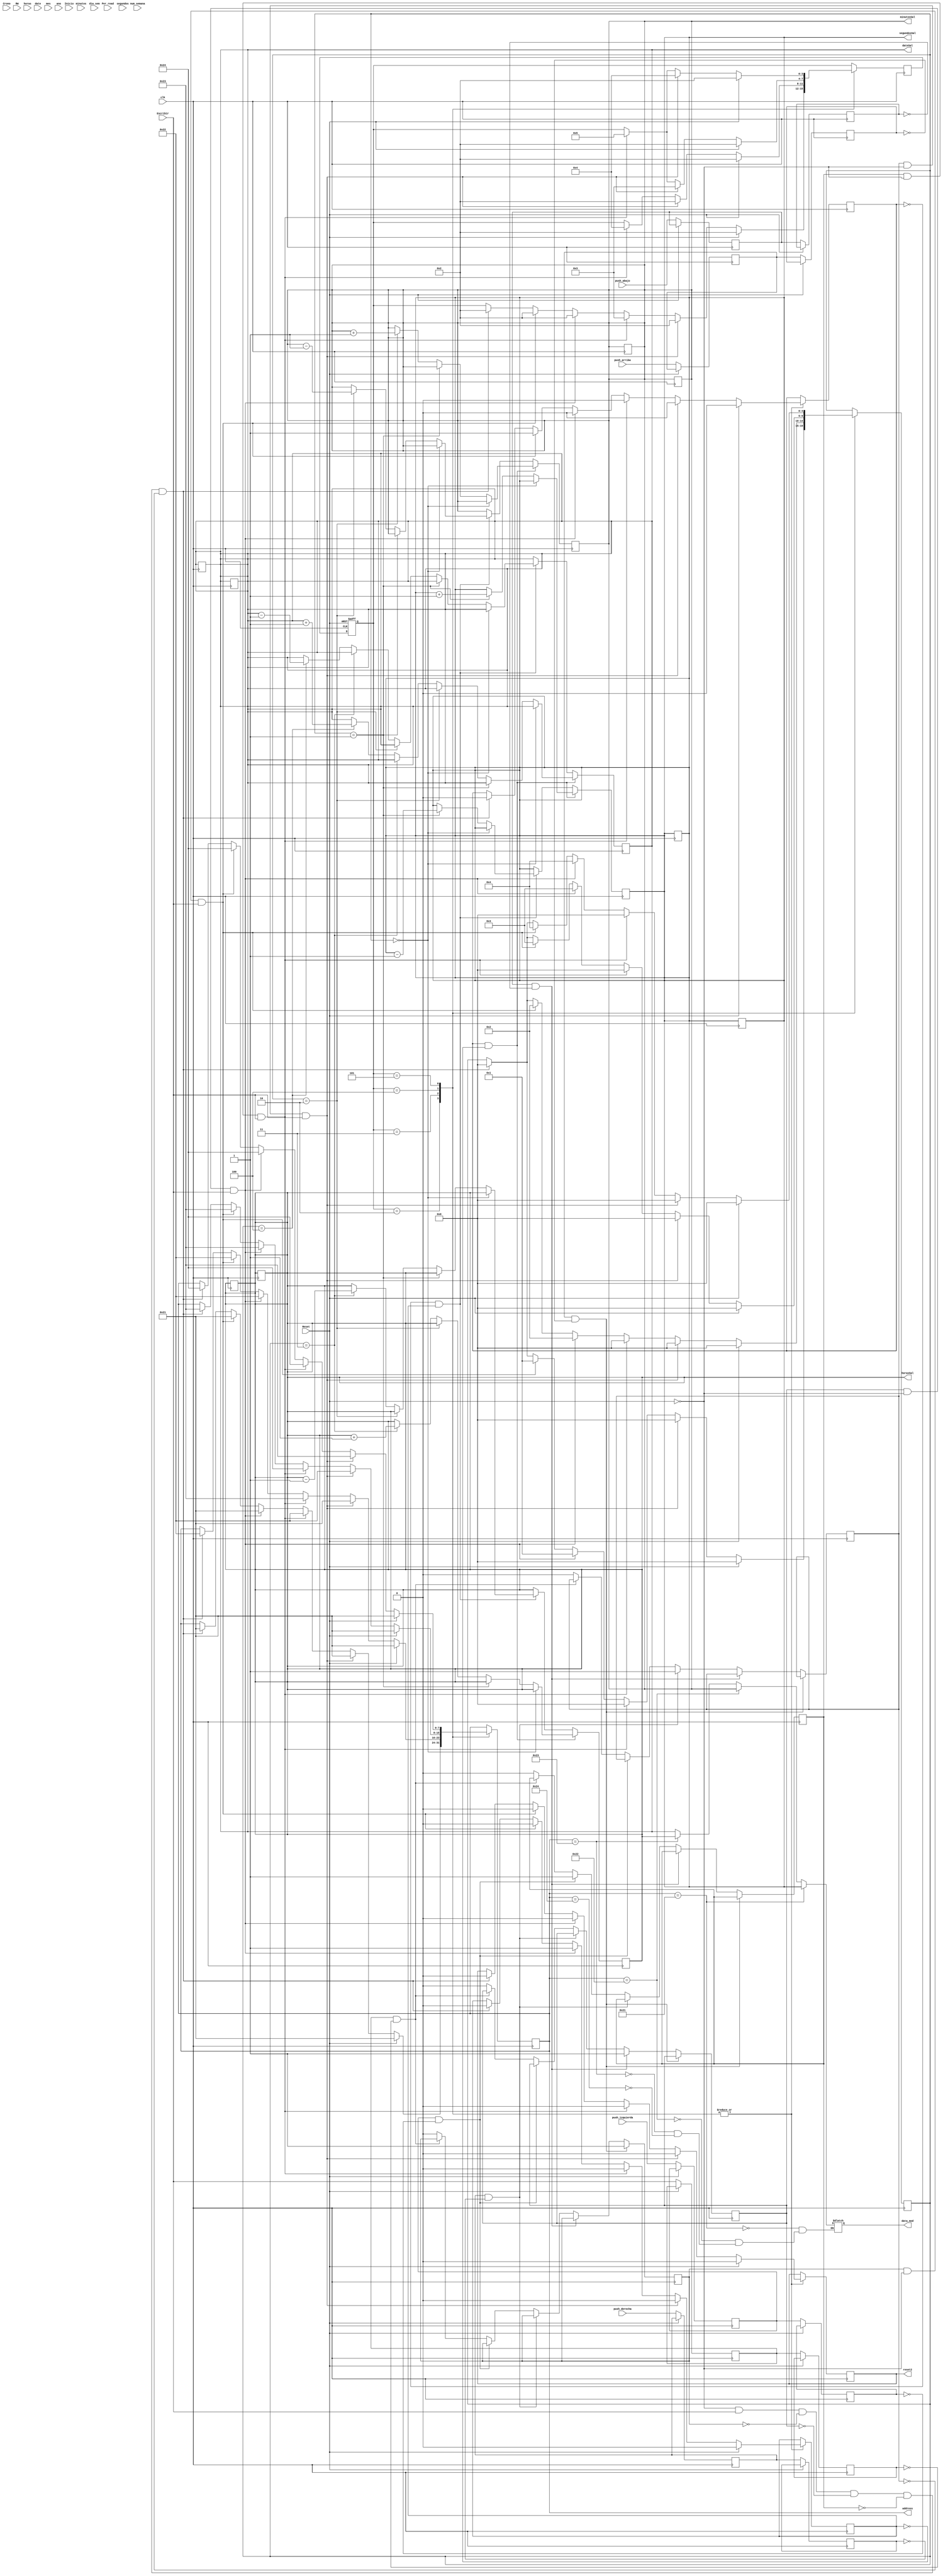
`timescale 1ns / 1ps
module MaquinaEscritura(
    input wire Inicio,Reset,Crono,Escribir,
    input wire clk,Per_read,
    input wire RW,
    input wire push_arriba,push_abajo,push_izquierda,push_derecha,
    input wire [7:0]segundos,minutos,horas,date,num_semana,mes,ano,dia_sem,
    output reg [7:0] address,
    output reg reset2,
    output reg [7:0] minutosSal, segundosSal,horasSal,dateSal,
    output reg [7:0]data_mod
    );
reg [32:0]contador=0;
reg[3:0]c_dir=0;
localparam [3:0] s0 = 4'h1, 
                 s1 = 4'h2, //segundos
                 s2 = 4'h3, //minutos
                 s3 = 4'h4, //horas
                 s4 = 4'h5, //date
                 s5 = 4'h6, //mes
                 s6 = 4'h7, //ao
                 s7 = 4'h8, //da de semana
                 s8 = 4'h9, //#de semana
                 sY = 4'h1; //estado 12/24hrs

reg [3:0] s_next=s1;reg [3:0] s_actual;
reg push_ar, push_ab, push_i, push_d; //salida del detector de flancos
reg push_ar1, push_ab1, push_i1, push_d1; //salida del detector de flancos
reg ar,ab,iz,de;//Pulsos
reg escribir3;reg escribir4; reg es;

always @ (posedge clk) begin
if (!Reset) begin
push_ar<=push_arriba;
push_ar1<=push_ar;

escribir3<=Escribir;
escribir4<=escribir3;

push_ab<=push_abajo;
push_ab1<=push_ab;

push_d<=push_derecha;
push_d1<=push_d;

push_i<=push_izquierda;
push_i1<=push_i;
end

if (push_ar && !push_ar1) begin
ar<=1;end

else if (push_ab && !push_ab1) begin
ab<=1;end

else if (push_d && !push_d1) begin
de<=1;end

else if (push_i && !push_i1) begin
iz<=1;end

else if(escribir3 && !escribir4)begin
es<=1;end

else begin
es<=0;
ar<=0;
ab<=0;
iz<=0;
de<=0;
end
end


always @(posedge clk,posedge Reset)begin//Logica de Reset y estado siguiente
    if(Reset)begin
        s_actual <=s0;
    end
    else
        s_actual <=s_next;
end


reg suma;reg resta;reg[4:0] registro; 

reg [7:0]segundosReg;reg [7:0]minutosReg;reg[7:0]horasReg;reg [7:0]dateReg;
reg[7:0]minutosReg1,segundosReg1,horasReg1,dateReg1;




always@(posedge clk)
   begin
   if(RW)begin
   minutosReg1<=minutos;
   segundosReg1<=segundos;
   horasReg1<=horas;
   dateReg1<=date;
   end
   minutosReg1<=minutosReg1;
   horasReg1<=horasReg1;
   segundosReg1<=segundosReg1;
   dateReg1<=dateReg1;
   end



always @(posedge clk) begin
//sumador
if(suma && !resta) begin
if(registro==0)begin
   segundosReg1<=segundosReg1;
   minutosReg1<=minutosReg1;
   horasReg1<=horasReg1;
   dateReg1<=dateReg1;
end
else if (registro==5'd1)begin
segundosReg1<=segundosReg1 + 1;
end

else if (registro==5'd2)begin
minutosReg1<=minutosReg1 + 1;
end

 else if(registro==5'd3)begin
horasReg1<=horasReg1+1;
end

 else if(registro==5'd4)begin
 dateReg1<=dateReg1+1;
 end
 
else begin
minutosReg1<=minutosReg1;
segundosReg1<=segundosReg1;
horasReg1<=horasReg1;
dateReg1<=dateReg1;
end
end

//Restador
else if(!suma && resta) begin
if(registro==5'd0)begin
    segundosReg1<=segundosReg1;
    minutosReg1<=minutosReg1;
    horasReg1<=horasReg1;
    dateReg1<=dateReg1;
end
else if (registro==5'd1)begin
segundosReg1<=segundosReg1 - 8'd1;
end

 else if (registro==5'd2)begin
minutosReg1<=minutosReg1 - 8'd1;
end

 else if(registro==5'd3)begin
horasReg1<=horasReg1-8'd1;
end

else if(registro ==5'h4)begin
dateReg1<=dateReg1-8'd1;
end

else begin
minutosReg1<=minutosReg1;
segundosReg1<=segundosReg1;
horasReg1<=horasReg1;
dateReg1<=dateReg1;
end

end

else begin
minutosReg1<=minutosReg1;
segundosReg1<=segundosReg1;
horasReg1<=horasReg1;
dateReg1<=dateReg1;
end
end

// fin de sumador y restador
//CONTADOR PARA DURACIN DE ESTADO DE INICIALIZACIN
reg [11:0] contador2=0;
reg activa=0;
always @(posedge clk)
begin
if(!Inicio && !Reset)
begin
    contador2<=contador2 +1'b1;
    activa<=0;
end
if(contador2==12'h04a)
begin
    activa<=1;
end
end


//Maquina programar hora
always @ (posedge clk)  begin
s_next=s_actual; //siguiente estado default el actual
minutosReg1<=minutosReg1;
segundosReg1<=segundosReg1;
horasReg1<=horasReg1;
dateReg1<=dateReg1;
case (s_actual)
    s1: begin //segundos
        if(!Reset && Escribir && !ar && !ab && !iz && !de)begin
            reset2<=1'b0;
            registro<=5'd0;
            address<=8'h21;
            suma<=0;
            resta<=0;
            s_next<=s1;
            end
        if((ar) && !Reset && Escribir)begin
            reset2<=1'b0;
            registro<=5'd1;
            address<=8'h21;
            suma<=1;
            resta<=0;
             //segundosReg<=segundosReg + 8'd1;
             s_next<=s1;
             end
         if((ab) && !Reset && Escribir)begin
            reset2<=1'b0;
             registro<=5'd1;
             address<=8'h21;
             resta<=1;
             suma<=0;
             //segundosReg<=segundosReg - 8'd1;
             s_next<=s1;
             end

             if( (iz) && !Reset && Escribir)begin
                 reset2<=1'b0;
                 registro<=5'd0;
                 address<=8'h22;
                 suma<=0;
                 resta<=0;
                  //segundosReg<=segundosReg;
                  s_next<=s2;
                  end
              if((de) && !Reset && Escribir)
                  begin
                  reset2<=1'b0;
                  registro<=5'd0;
                  address<=8'h21;
                  suma<=0;
                  resta<=0;
                  //segundosReg<=segundosReg;
                  s_next<=s1;
                  end
                  if(Reset) //Estado
                      begin
                      reset2<=1'b0;
                      registro<=5'd0;
                      address<=8'h21;
                      suma<=0;
                      resta<=0;
                      s_next<=s1;
                       end
        end
        
        
    s2: begin //horas
    if(!Reset && Escribir && !ar && !ab && !iz && !de)
        begin
        reset2<=1'b0;
        registro<=5'd0;
        address<=8'h22;
        suma<=0;
        resta<=0;
        //minutosReg<=minutosReg;
        s_next<=s_actual;
        end
    if( (ar) && !Reset && Escribir)
        begin
        reset2<=1'b0;
        registro<=5'd2;
        address<=8'h22;
        suma<=1;
        resta<=0;
         //minutosReg<=minutosReg + 8'd1;
         s_next<=s_actual;
         end
     if((ab) && !Reset && Escribir)
         begin
         reset2<=1'b0;
         registro<=5'd2;
         address<=8'h22;
         suma<=0;
         resta<=1;
         //minutosReg<=minutosReg - 8'd1;
         s_next<=s_actual;
         end

         if( (iz) && !Reset && Escribir)
             begin
             reset2<=1'b0;
             registro<=5'd0;
             address<=8'h23;
             suma<=0;
             resta<=0;
              //minutosReg<=minutosReg;
              s_next<=s3;
              end
          if((de) && !Reset && Escribir)
              begin
              reset2<=1'b0;
              registro<=5'd0;
              address<=8'h21;
              suma<=0;
              resta<=0;
              //minutosReg<=minutosReg;
              s_next<=s1;
              end

              if( Reset) //Estado
                  begin
                  reset2<=1'b0;
                  registro<=5'd0;
                  address<=8'h21;
                  suma<=0;
                  resta<=0;
                  s_next<=s1;
                  end
     end
    s3: begin //Minutos
         if(!Reset && Escribir && !ar && !ab && !iz && !de)
             begin
             reset2<=1'b0;
             registro<=5'd0;
             address<=8'h23;
             suma<=0;
             resta<=0;
             //minutosReg<=minutosReg;
             s_next<=s_actual;
             end
         if( (ar) && !Reset && Escribir)
             begin
             reset2<=1'b0;
             registro<=5'd3;
             address<=8'h23;
             suma<=1;
             resta<=0;
              //minutosReg<=minutosReg + 8'd1;
              s_next<=s_actual;
              end
          if((ab) && !Reset && Escribir)
              begin
              reset2<=1'b0;
              registro<=5'd3;
              address<=8'h23;
              suma<=0;
              resta<=1;
              //minutosReg<=minutosReg - 8'd1;
              s_next<=s_actual;
              end
     
              if( (iz) && !Reset && Escribir)
                  begin
                  reset2<=1'b0;
                  registro<=5'd0;
                  address<=8'h24;
                  suma<=0;
                  resta<=0;
                   //minutosReg<=minutosReg;
                   s_next=s4;
                   end
               if((de) && !Reset && Escribir)
                   begin
                   reset2<=1'b0;
                   registro<=5'd0;
                   address<=8'h22;
                   suma<=0;
                   resta<=0;
                   //minutosReg<=minutosReg;
                   s_next<=s2;
                   end
     
                   if( Reset) //Estado
                       begin
                       reset2<=1'b0;
                       registro<=5'd0;
                       address<=8'h21;
                       suma<=0;
                       resta<=0;
                       s_next<=s1;
                       end
          end 
     s4: begin //Minutos
                   if(!Reset && Escribir && !ar && !ab && !iz && !de)
                       begin
                       reset2<=1'b0;
                       registro<=5'd0;
                       address<=8'h24;
                       suma<=0;
                       resta<=0;
                       //minutosReg<=minutosReg;
                       s_next<=s_actual;
                       end
                   if( (ar) && !Reset && Escribir)
                       begin
                       reset2<=1'b0;
                       registro<=5'h4;
                       address<=8'h24;
                       suma<=1;
                       resta<=0;
                        //minutosReg<=minutosReg + 8'd1;
                        s_next<=s_actual;
                        end
                    if((ab) && !Reset && Escribir)
                        begin
                        reset2<=1'b0;
                        registro<=5'h4;
                        address<=8'h24;
                        suma<=0;
                        resta<=1;
                        //minutosReg<=minutosReg - 8'd1;
                        s_next<=s_actual;
                        end
               
                        if( (iz) && !Reset && Escribir)
                            begin
                            reset2<=1'b0;
                            registro<=5'd0;
                            address<=8'h24;
                            suma<=0;
                            resta<=0;
                             //minutosReg<=minutosReg;
                             s_next=s4;
                             end
                         if((de) && !Reset && Escribir)
                             begin
                             reset2<=1'b0;
                             registro<=5'd0;
                             address<=8'h23;
                             suma<=0;
                             resta<=0;
                             //minutosReg<=minutosReg;
                             s_next<=s3;
                             end
               
                             if( Reset) //Estado
                                 begin
                                 reset2<=1'b0;
                                 registro<=5'd0;
                                 address<=8'h21;
                                 suma<=0;
                                 resta<=0;
                                 s_next<=s1;
                                 end
                    end 
endcase
end


always@*
begin
minutosSal=minutosReg1;
segundosSal=segundosReg1;
horasSal=horasReg1;
dateSal=dateReg1;
end

always@*
begin
  if(address==8'h21)begin
    data_mod<=segundosReg1;
    end
  else if(address==8'h22)begin
    data_mod<=minutosReg1;
    end
  else if(address==8'h23)begin
    data_mod<=horasReg1;
    end
  else if(address==8'h24)begin
    data_mod<=dateReg1;
    end
end

endmodule